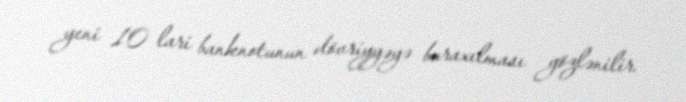
yeni 10 lari banknotunun dövriyyəyə buraxılması gözlənilir.